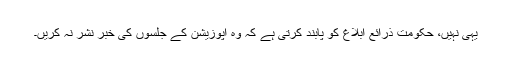
یہی نہیں، حکومت ذرائع ابلاغ کو پابند کرتی ہے کہ وہ اپوزیشن کے جلسوں کی خبر نشر نہ کریں۔